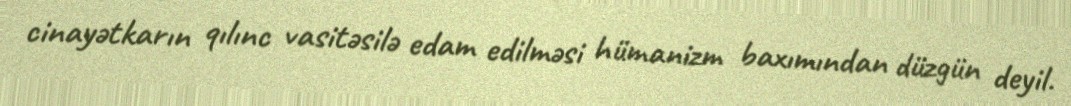
cinayətkarın qılınc vasitəsilə edam edilməsi hümanizm baxımından düzgün deyil.